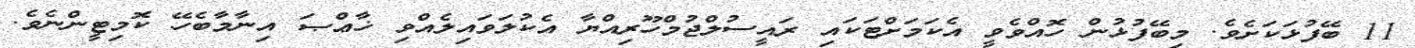
11 ބޭފުޅަކަށެވެ. މިބޭފުޅުން ހޮއްވެވީ އެކަމަށްޓަކައި ރައީސުލްޖުމްހޫރިއްޔާ އެކުލަވައިލެއްވި ޚާޢްޞަ އިނާމާބެހޭ ކޮމިޓީންނެވެ.